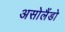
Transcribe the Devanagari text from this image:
असोलैंडो